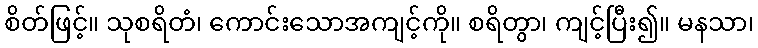
စိတ်ဖြင့်။ သုစရိတံ၊ ကောင်းသောအကျင့်ကို။ စရိတွာ၊ ကျင့်ပြီး၍။ မနသာ၊